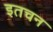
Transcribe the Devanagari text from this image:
इतचन